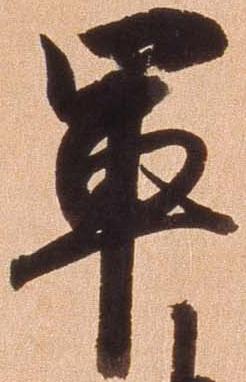
軍